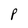
Character: P